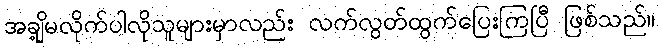
အချို့မလိုက်ပါလိုသူများမှာလည်း လက်လွတ်ထွက်ပြေးကြပြီ ဖြစ်သည်။